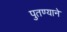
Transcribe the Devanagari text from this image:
पुतण्याने